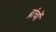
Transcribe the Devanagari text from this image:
ब्रांचों